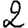
Digit: 2